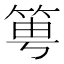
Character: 𥭢